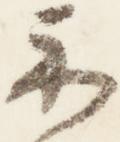
示